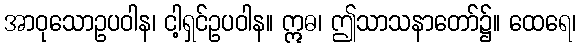
အာဝုသောဥပဝါန၊ ငါ့ရှင်ဥပဝါန။ ဣဓ၊ ဤသာသနာတော်၌။ ထေရေ၊